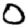
Digit: 0